Madras plague regulations in force outside the Presidency town - Volume 3
Disease focus: Plague
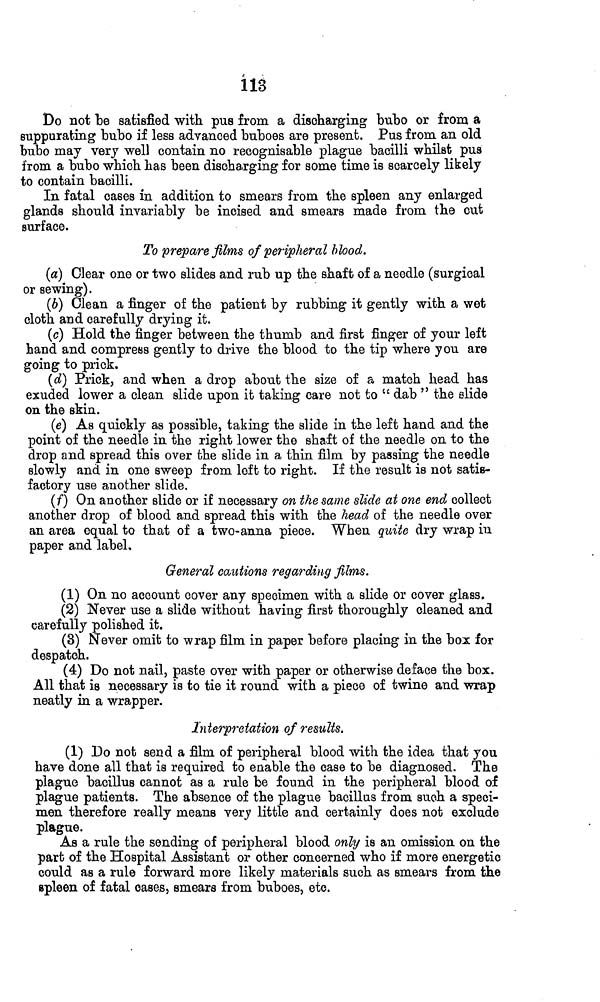
Í13
Do not be satisfied with pus from a discharging- bubo or from a
suppurating bubo if less advanced buboes are present. Pus from an old
bubo may very well contain no recognisable plague bacilli whilst pus
from a bubo which has been discharging for some time is scarcely likely
to contain bacilli.
In fatal cases in addition to smears from the spleen any enlarged
glands should invariably be incised and smears made from the cut
surface.
To prepare films of peripheral blood.
(a) Clear one or two slides and rub up the shaft of a needle (surgical
or sewing).
(6) Clean a finger of the patient by rubbing it gently with a wet
cloth and carefully drying it.
(c) Hold the finger between the thumb and first finger of your left
hand and comprees gently to drive the blood to the tip where you are
going to prick.
(d) Prick, and when a drop about the size of a match head has
exuded lower a clean slide upon it taking care not to " dab " the slide
on the skin.
(e) As quickly as possible, taking the slide in the left hand and the
point of the needle in the right lower the shaft of the needle on to the
drop and spread this over the slide in a thin film by passing the needle
slowly and in one sweep from left to right. If the result is not satis-
factory use another slide.
(f) On another slide or if necessary on the same slide at one end collect
another drop of blood and spread this with the head of the needle over
an area equal to that of a two-anna piece. When quite dry wrap in
paper and label.
General cautions regarding films.
(1) On no account cover any specimen with a slide or cover glass.
(2) Never use a slide without having first thoroughly cleaned and
carefully polished it.
(3) Never omit to wrap film in paper before placing in the box for
despatch.
(4) Do not nail, paste over with paper or otherwise deface the box.
All that is necessary is to tie it round with a piece of twine and wrap
neatly in a wrapper.
Interpretation of results.
(1) Do not send a film of peripheral blood with the idea that you
have done all that is required to enable the case to be diagnosed. The
plague bacillus cannot as a rule be found in the peripheral blood of
plague patients. The absence of the plague bacillus from such a speci-
men therefore really means very little and certainly does not exclude
plague.
As a rule the sending of peripheral blood only is an omission on the
part of the Hospital Assistant or other concerned who if more energetic
could as a rule forward more likely materials such as smears from the
spleen of fatal cases, smears from buboes, etc.